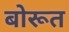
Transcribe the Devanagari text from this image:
बोरूत